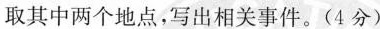
取其中两个地点，写出相关事件。(4分)